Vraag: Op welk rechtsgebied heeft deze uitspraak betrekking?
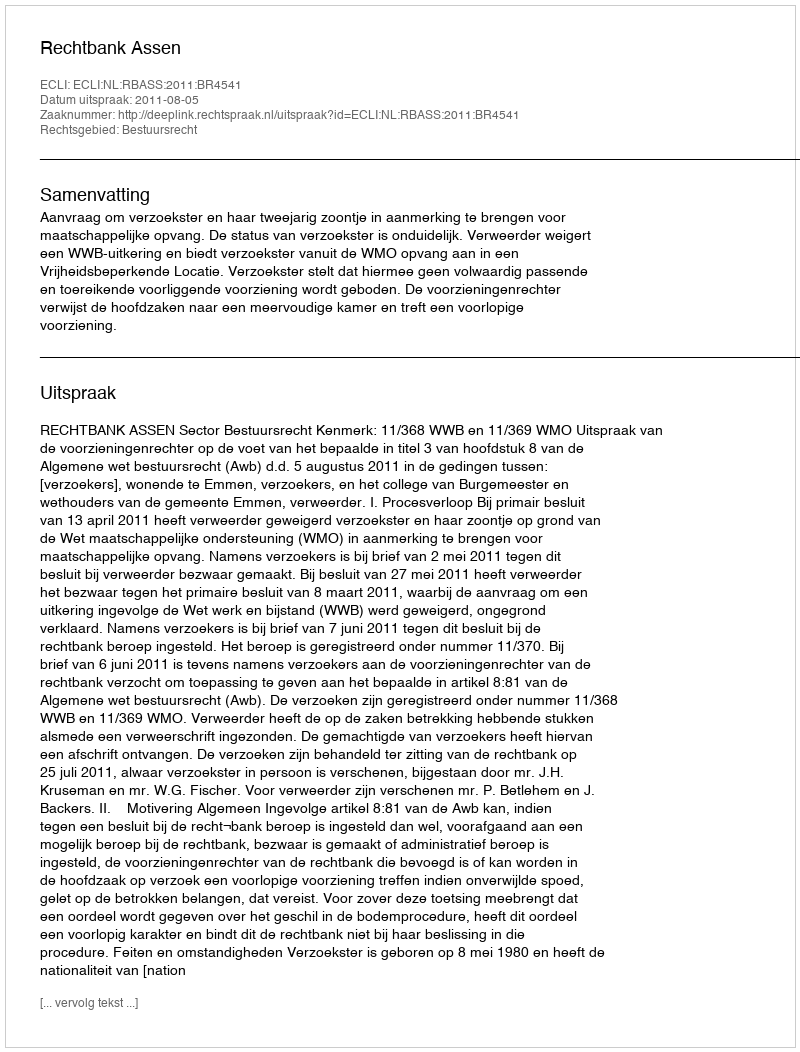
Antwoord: Bestuursrecht